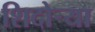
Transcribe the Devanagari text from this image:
शिदोऱ्या